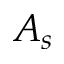
A _ { s }